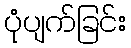
ပုံပျက်ခြင်း